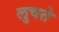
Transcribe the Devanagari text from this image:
लुचते